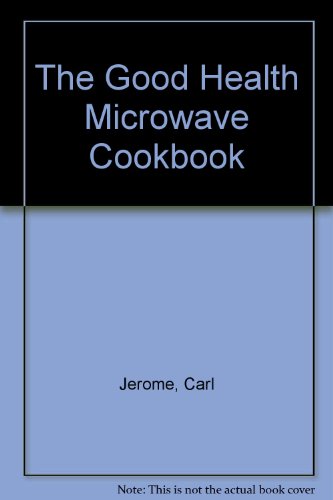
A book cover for The Good Health Microwave Cookbook; Carl Jerome; Cookbooks, Food & Wine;